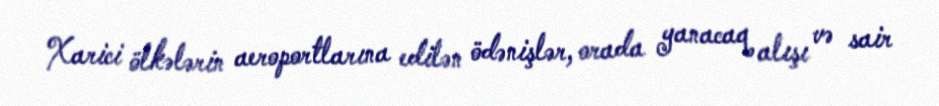
Xarici ölkələrin aeroportlarına edilən ödənişlər, orada yanacaq alışı və sair